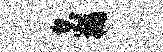
怠楠